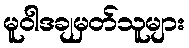
မူဝါဒချမှတ်သူများ